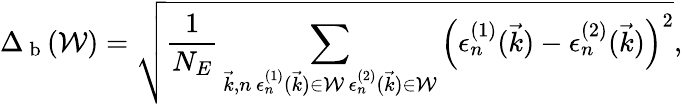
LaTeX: \Delta_{\mathrm{~b~}}(\mathcal{W})=\sqrt{\frac{1}{N_{E}}\sum_{\substack{\vec{k},n\, \epsilon_{n}^{(1)}(\vec{k})\in\mathcal{W}\, \epsilon_{n}^{(2)}(\vec{k})\in\mathcal{W}}}\left(\epsilon_{n}^{(1)}(\vec{k})-\epsilon_{n}^{(2)}(\vec{k})\right)^{2}},